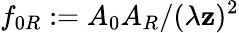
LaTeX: f_{0R}:=A_{0}A_{R}/(\lambda\mathbf{z})^{2}